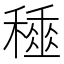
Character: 𥢰